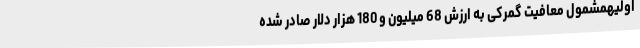
اولیهمشمول معافیت گمرکی به ارزش 68 میلیون و 180 هزار دلار صادر شده